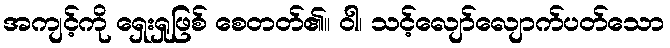
အကျင့်ကို ရှေးရှုဖြစ် စေတတ်၏။ ဝါ၊ သင့်လျော်လျောက်ပတ်သော